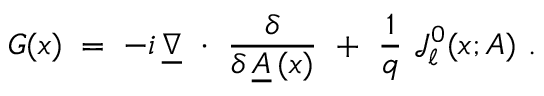
G ( x ) \; = \; - i \, \underline { { { \nabla } } } ~ \cdot ~ \frac { \delta } { \delta \, \underline { { { A } } } \, ( x ) } ~ + ~ \frac 1 q \ { \mathcal J } _ { \ell } ^ { 0 } ( x ; A ) ~ .